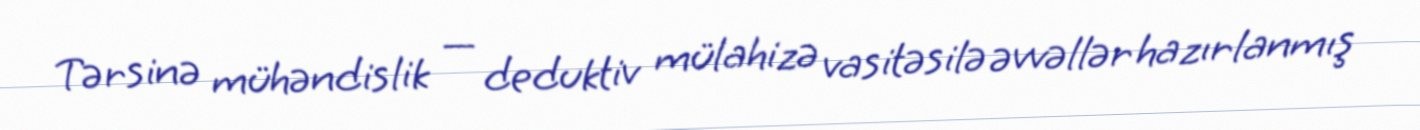
Tərsinə mühəndislik — deduktiv mülahizə vasitəsilə əvvəllər hazırlanmış